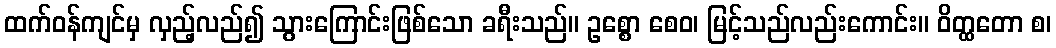
ထက်ဝန်ကျင်မှ လှည့်လည်၍ သွားကြောင်းဖြစ်သော ခရီးသည်။ ဥစ္စော စေဝ၊ မြင့်သည်လည်းကောင်း။ ဝိတ္ထတော စ၊